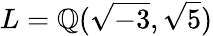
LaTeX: L=\mathbb{Q}({\sqrt{-3}},{\sqrt{5}})